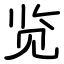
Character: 览